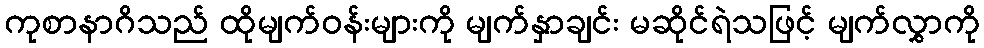
ကုစာနာဂိသည် ထိုမျက်ဝန်းများကို မျက်နှာချင်း မဆိုင်ရဲသဖြင့် မျက်လွှာကို